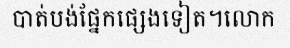
បាត់បង់ផ្នែកផ្សេងទៀត។លោក